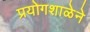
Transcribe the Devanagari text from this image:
प्रयोगशाळेने